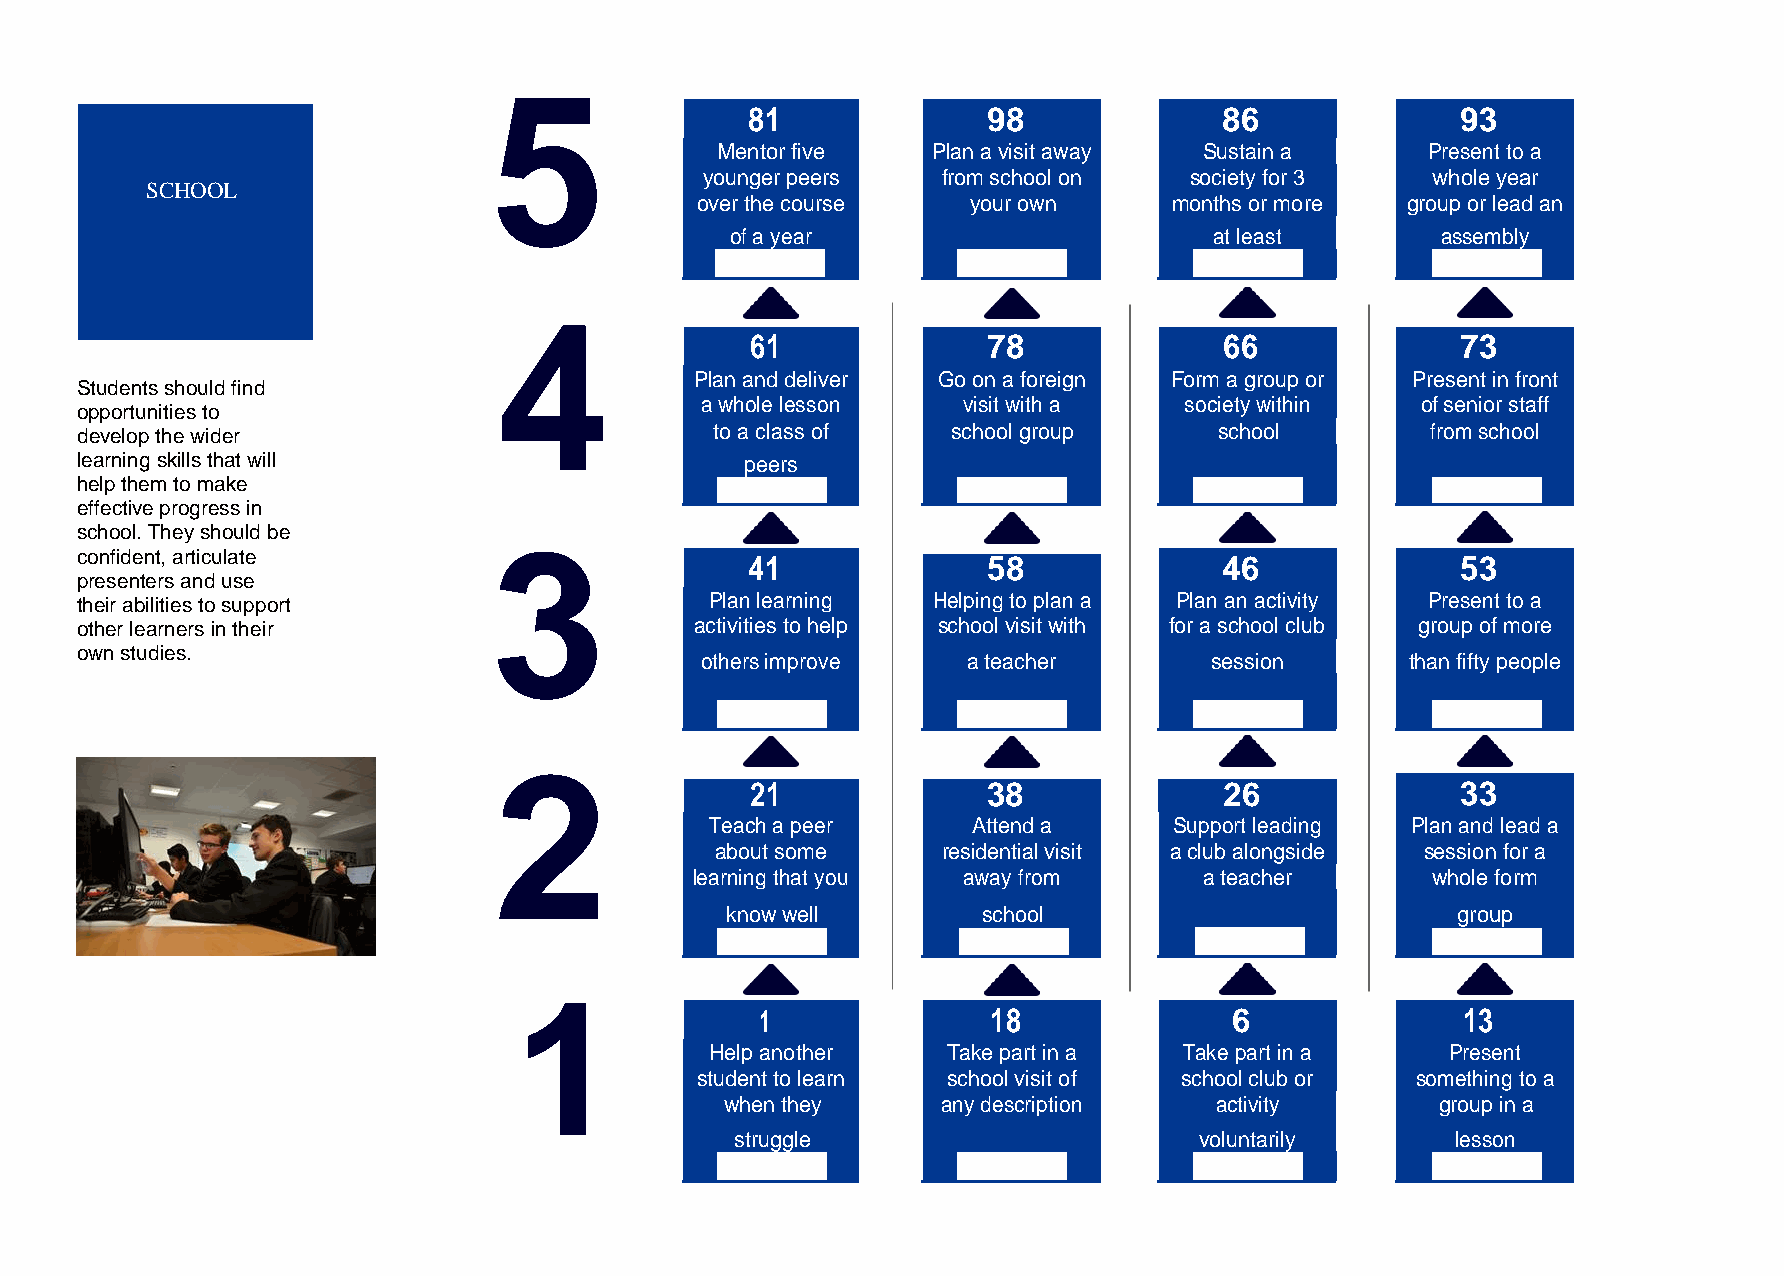
5
 81             98              86              93
 Mentor five    Plan a visit away Sustain a     Present to a
 younger peers  from school on   society for 3   whole year
 SCHOOL
 over the course   your own      months or more group or lead an
 of a year                       at least       assembly
 4
 61             78              66              73
 Plan and deliver Go on a foreign Form a group or Present in front
 Students should find
 a whole lesson    visit with a  society within  of senior staff
 opportunities to
 develop the wider                         to a class of   school group      school        from school
 learning skills that will                   peers
 help them to make
 effective progress in
 school. They should be
 3
 confident, articulate                        41             58              46              53
 presenters and use
 their abilities to support                Plan learning  Helping to plan a Plan an activity Present to a
 other learners in their                  activities to help school visit with for a school club group of more
 o wn studies.
 others improve    a teacher       session      than fifty people
 2
 21             38              26              33
 Teach a peer     Attend a      Support leading Plan and lead a
 about some     residential visit a club alongside session for a
 learning that you away from       a teacher      whole form
 know well        school                         group
 1
 1               18              6              13
 Help another    Take part in a Take part in a    Present
 student to learn school visit of school club or something to a
 when they     any description   activity       group in a
 struggle                      voluntarily      lesson